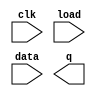
module top_module(
    input clk,
    input load,
    input [255:0] data,
    output [255:0] q ); 
    
    reg in[15:0][15:0];
    reg out[15:0][15:0];
    integer i,j,x;
    always begin 
        for(i=0;i<16;i=i+1) begin
            for(j=0;j<16;j=j+1) begin
                in[i][j] = data[x];
                out[i][j] = q[x];
                x = x + 1;
            end
        end
    end
endmodule